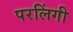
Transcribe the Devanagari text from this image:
परलिंगी